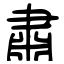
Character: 肅